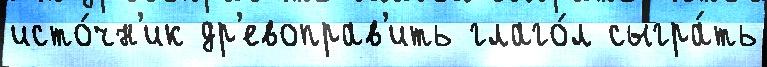
исто́чн'ик др'евоправ'ить глаго́л сыгра́ть